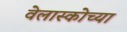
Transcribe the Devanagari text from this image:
वेलास्कोच्या